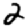
Digit: 2